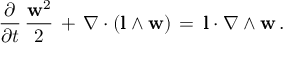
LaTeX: \frac { \partial } { \partial t } \, \frac { { \bf w } ^ { 2 } } { 2 } \, + \, \nabla \cdot ( { \bf l } \wedge { \bf w } ) \, = \, { \bf l } \cdot \nabla \wedge { \bf w } \, .